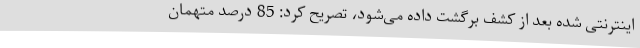
اینترنتی شده بعد از کشف برگشت داده می‌شود، تصریح کرد: 85 درصد متهمان